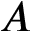
\boldsymbol { A }